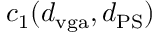
c _ { 1 } ( d _ { \mathrm { v g a } } , d _ { \mathrm { P S } } )